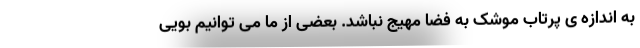
به اندازه ی پرتاب موشک به فضا مهیج نباشد. بعضی از ما می توانیم بویی